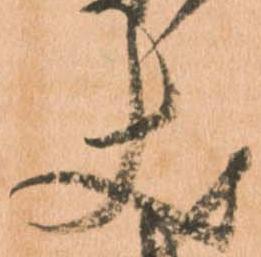
丈